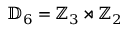
\mathbb { D } _ { 6 } = \mathbb { Z } _ { 3 } \rtimes \mathbb { Z } _ { 2 }